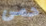
حمى